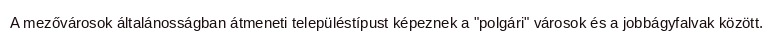
A mezővárosok általánosságban átmeneti településtípust képeznek a "polgári" városok és a jobbágyfalvak között.